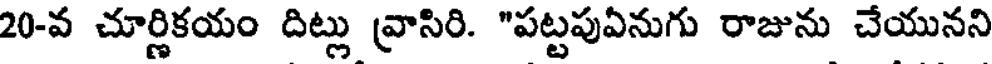
20-వ చూర్ణికయం దిట్లు వ్రాసిరి. "పట్టపుఏనుగు రాజును చేయునని